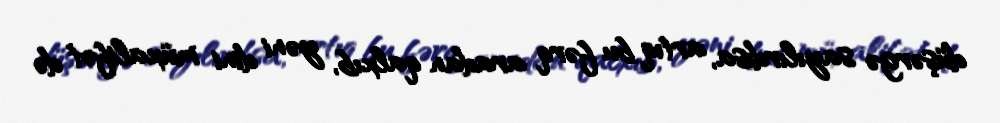
düşərgə sayılırdısa, artıq bu fərq aradan qalxıb, yəni dini müxalifət də